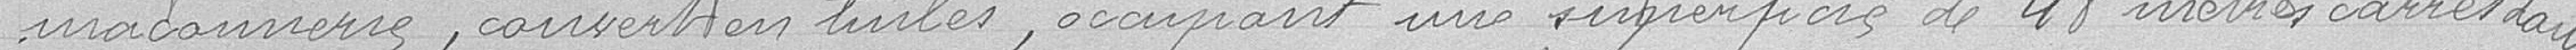
maçonnerie, couvert en tuiles, occupant une superficie de 48 mètres carrés dans